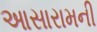
આસારામની